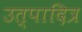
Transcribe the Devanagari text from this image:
उत्पादित्र